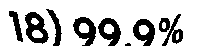
18) 99.9%